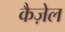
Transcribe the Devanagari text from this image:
कैज़ेल